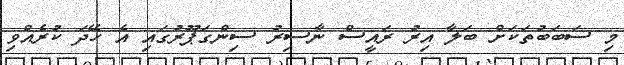
މި ސަބަބުތަކަށް ބަލާ އިރު ރައީސް ނާސިރު ސިންގަޕޫރުގައި އެ ހޭދަ ކުރެއްވި